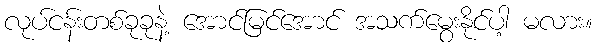
လုပ်ငန်းတစ်ခုခုနဲ့ အောင်မြင်အောင် အသက်မွေးနိုင်ပါ့ မလား။